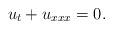
LaTeX: \begin{align*}u_t+u_{xxx}=0.\end{align*}